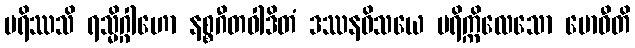
မရိဿသိ ရသ္မိဂ္ဂါဟော နစ္စဂီတဝါဒိတံ ဒဿနဝိသယေ ပရိက္ကိလေသော ဗောဓီတိ